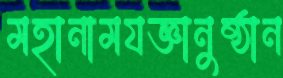
মহানামযজ্ঞানুষ্ঠান